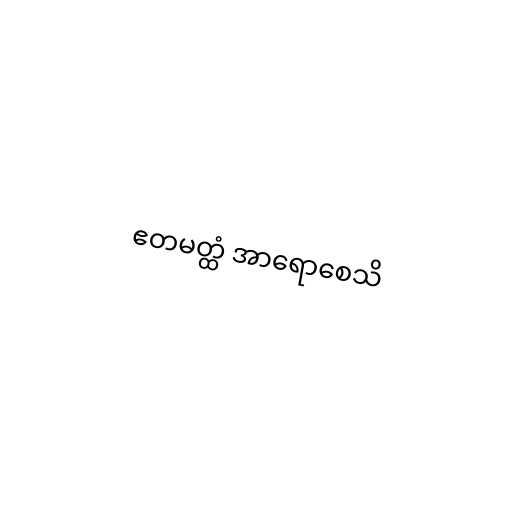
ဧတမတ္ထံ အာရောစေသိ